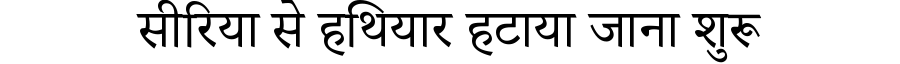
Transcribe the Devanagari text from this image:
सीरिया से हथियार हटाया जाना शुरू